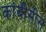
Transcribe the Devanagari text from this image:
कांबीसीस